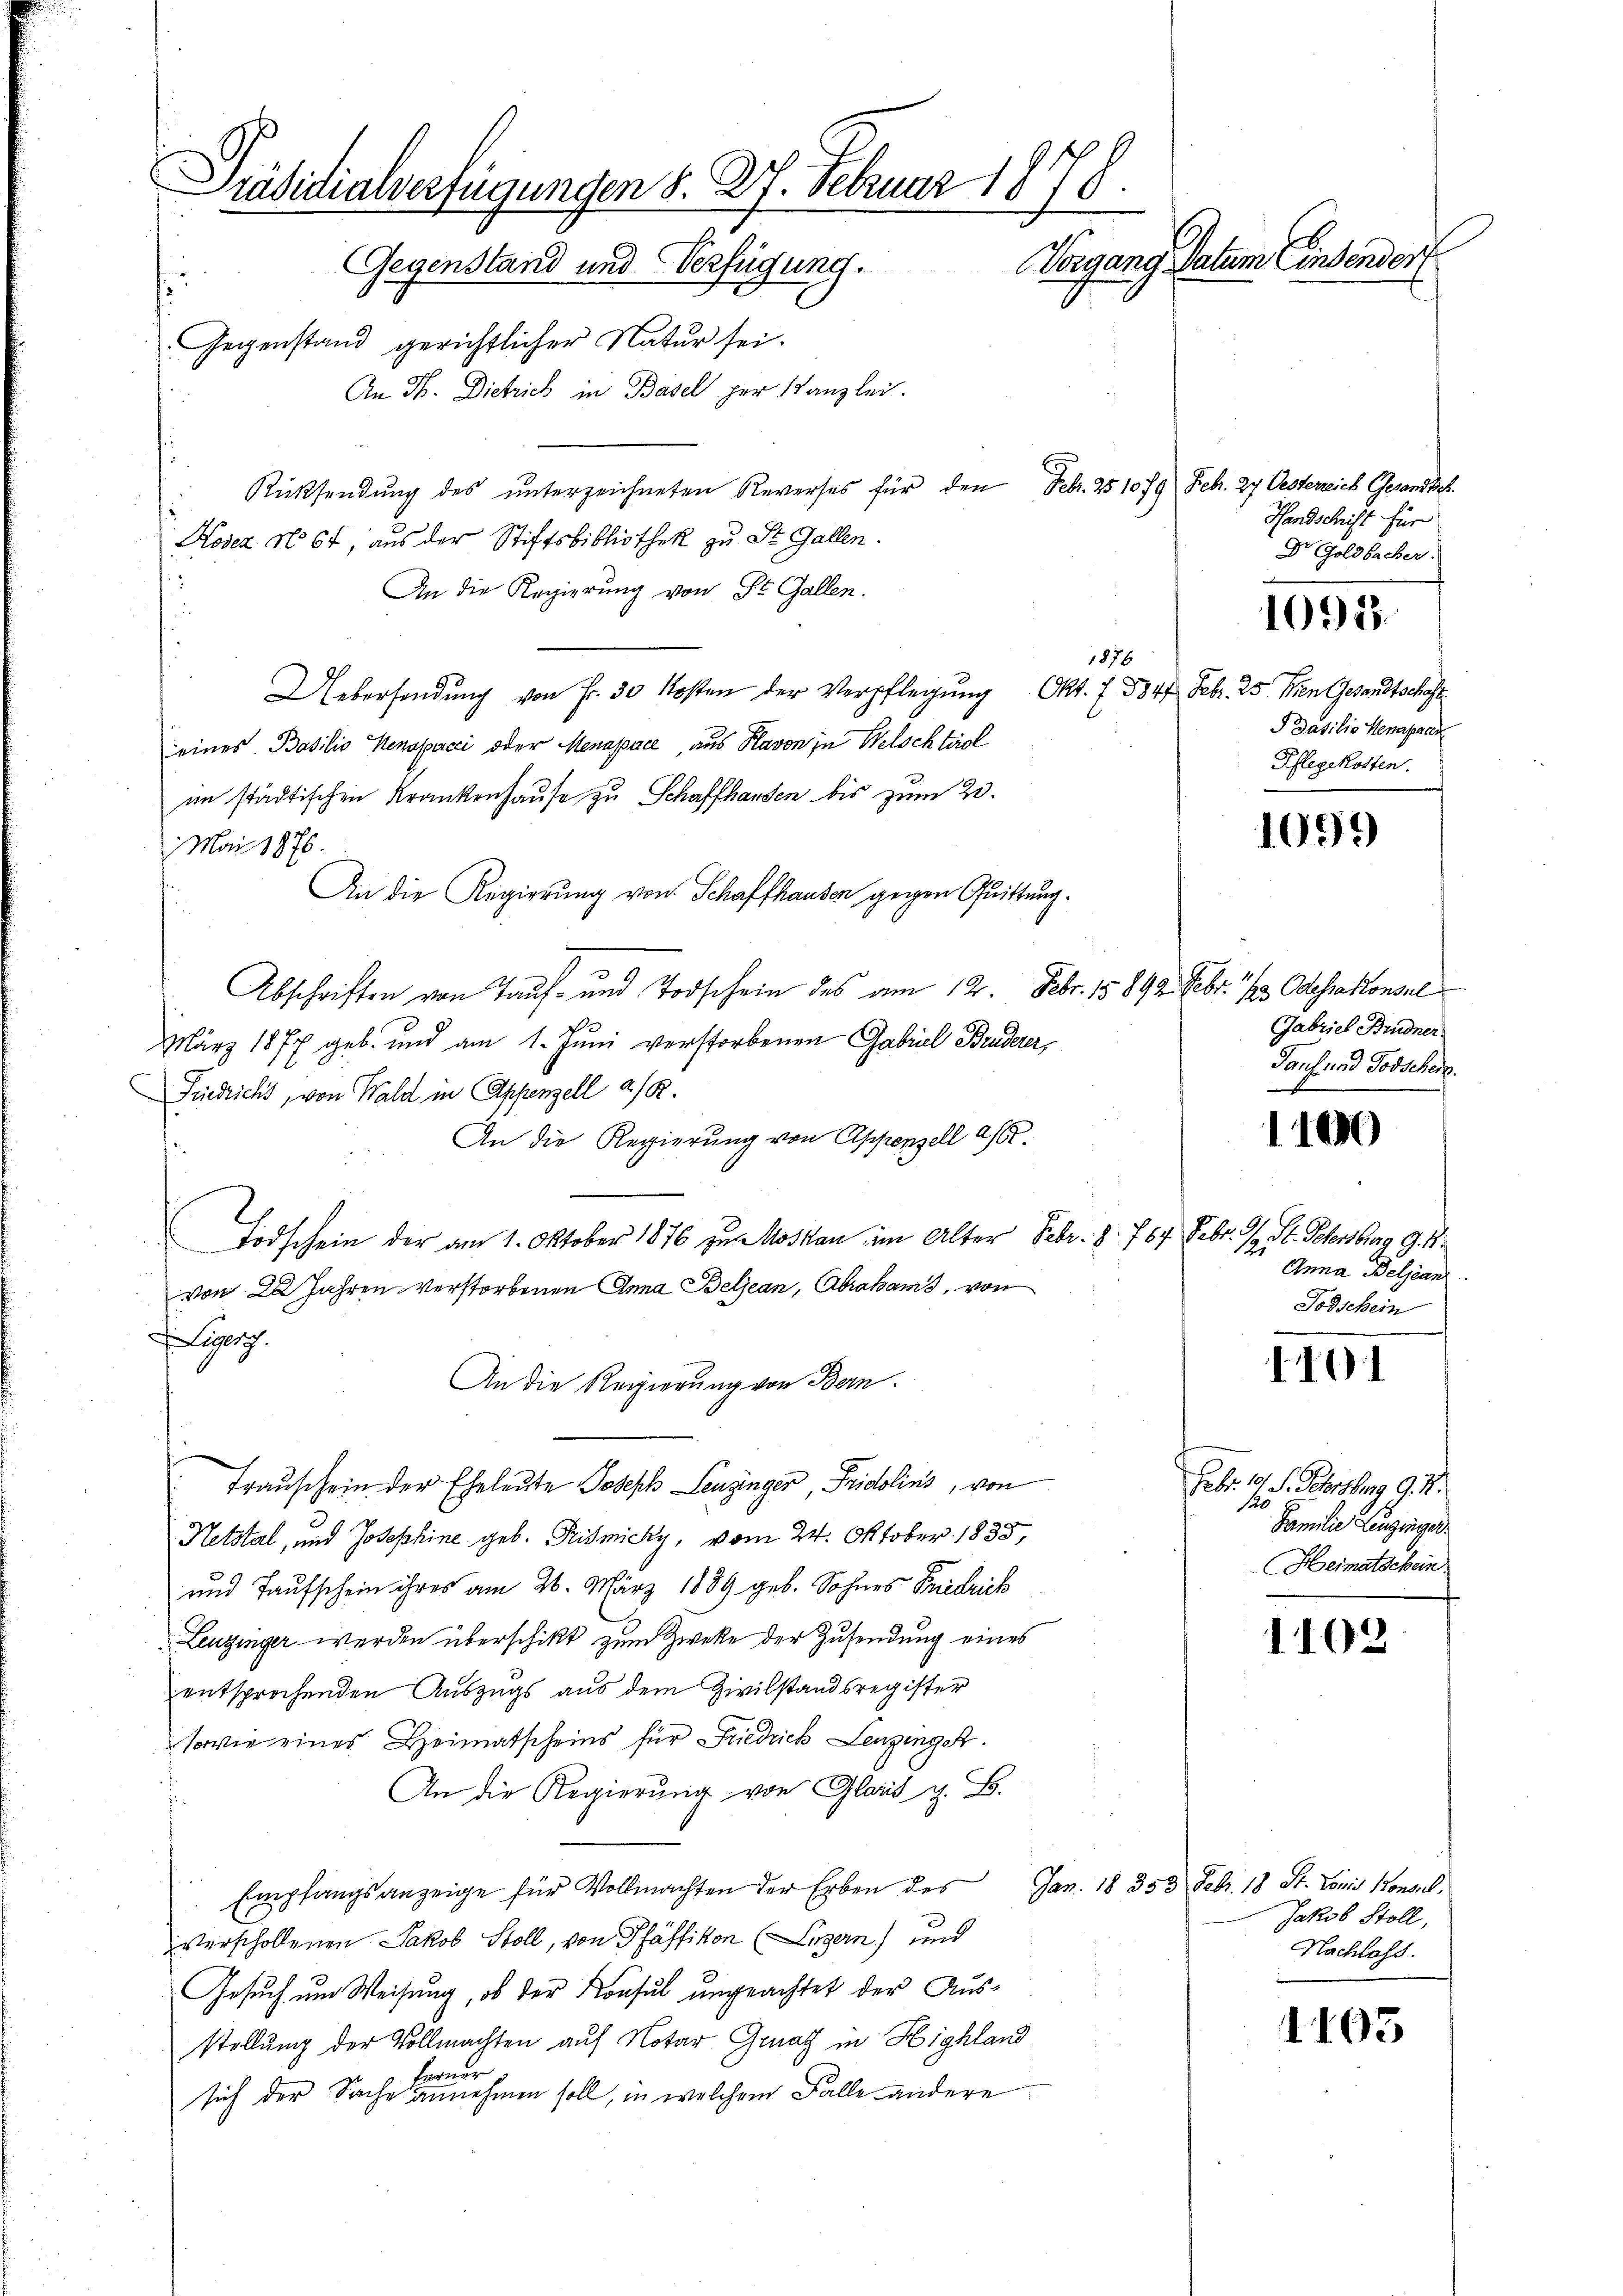
Präsidialverfügungen d. 27. Februar 1878.
Vorgang Datum Einsendorf
Gegenstand und Verfügung.
Gegenstand gerichtlicher Natur sei.
An H. Dietrich in Basel per Kanzlei.
i
Rücksendung des ŭnterzeichneten Reverses für den Febr. 251079 Febr. 27 Oesterreich Gesandte
Handschrift für

Kosez No 64, aus der Stiftsbibliothek zu St. Gallen.

An die Regierung von St. Gallen.
o
1876
Uebersendŭng von Fr. 30 Kosten der Verpflegŭng Okt. f. 584
eines Basilio Kenopacci oder Menapace, aus Plavon in Welsch tirol
im städtischen Krankenhause zu Schaffhanden bis zum 20.
Mai 1876.
An die Regierung von Schaffhausen gegen Quittung.
Abschriften von Tauf- und Todschein des am 12. Febr. 15899. Febr. 1 Odessekonsel
März 1877 geb. und am 1. Juni verstorbenen Gabriel Bruderer,
Friedricht, von Wald in Appenzell a/R.
An die Regierung von Appenzell a/S.
Todschein der am 1. Oktober 1876 zu Moskau im Alter Febr. § 767. Febr. 19 St. Petersburg 9. 11.
von 20 Jahren verstorbenen Anna Beljean, Abrahams, von
Legen.
An die Regierung von Bern.
Trauschein der Eheleute Joseph Leuzinger, Fridolins, von
Netstal, und Josephine geb. Prismicky, vom 24. Oktober 1833,
und Taufschein ihres am 26. März 1889 geb. Sohnes Fridrich
Leuzinger werden überschikt zum Zweke der Zusendung eines
entsprochenden Auszugs aus dem Zivilstandsregister
sowie eines Heimatscheins für Friedrich Lenzingeh
An die Regierŭng von Glars z. B.
Empfangsanzeige für Vollmachten der Erben des Jan. 18 353 Febr. 18 St. Louis Konsul,
verschollenen Jakob Stoll, von Pfäffikon (Luzern) und
Gesuch um Weisung, ob der Konsul ungeachtet der Ausstellung der Vollmachten auf Notar Genatz in Highland
ferner
sich der Sache annehmen soll, in welchem Falle andere

f

Dr Goldbacher.

1092.

Febr. 25. den Gesandtschaft.
d Basilio Henapaar
Pflegekosten.

1099

Gabrief Brudner
Ganf und Todschein.

1100

Anna Beljean
Todschein

1101

Febr. 19 S. Schreiburg 9. d.
120
Familie Langinger
Heimatschein

1102

Jakob Stoll,
Nachlass.

1105